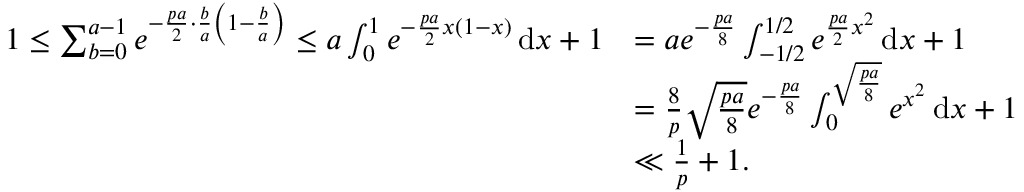
\begin{array} { r l } { 1 \le \sum _ { b = 0 } ^ { a - 1 } e ^ { - \frac { p a } { 2 } \cdot \frac { b } { a } \left( 1 - \frac { b } { a } \right) } \le a \int _ { 0 } ^ { 1 } e ^ { - \frac { p a } { 2 } x ( 1 - x ) } \, \mathrm { d } x + 1 } & { = a e ^ { - \frac { p a } { 8 } } \int _ { - 1 / 2 } ^ { 1 / 2 } e ^ { \frac { p a } { 2 } x ^ { 2 } } \, \mathrm { d } x + 1 } \\ & { = \frac { 8 } { p } \sqrt { \frac { p a } { 8 } } e ^ { - \frac { p a } { 8 } } \int _ { 0 } ^ { \sqrt { \frac { p a } { 8 } } } e ^ { x ^ { 2 } } \, \mathrm { d } x + 1 } \\ & { \ll \frac { 1 } { p } + 1 . } \end{array}